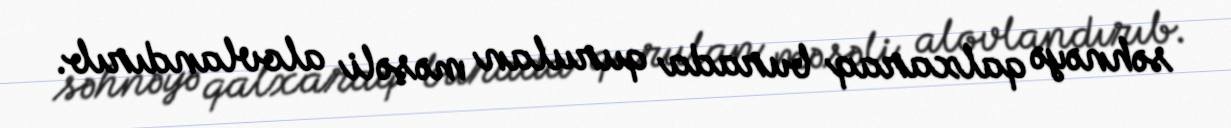
səhnəyə qalxaraq burada qurulan məşəli alovlandırıb.